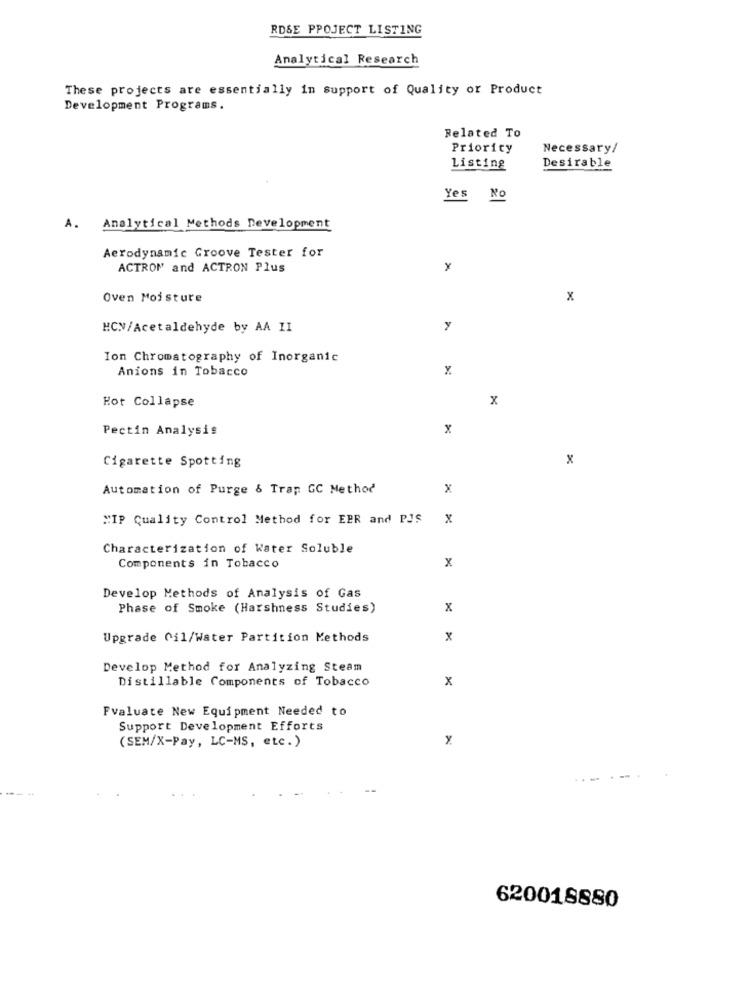
RDSE PPOJECT LISTING
Analytical Research
These projects are essentially in support of Quality or Product
Development Programs.
Related To
Priority
Necessary/
Listing
Desirable
Yes No
A. Analytical Methods Development
Aerodynamic Groove Tester for
ACTRON and ACTRON Plus
Oven Moisture
x
HCN/Acetaldehyde by AA II
y
Ion Chromatography of Inorganic
Anions in Tobacco
x
x
Hot Collapse
Pectin Analysis
x
x
Cigarette Spotting
Automation of Purge & Trap GC Method
x
"IP Quality Control Method for EPR and PIS
x
Characterization of Water Soluble
Components in Tobacco
x
Develop Methods of Analysis of Gas
Phase of Smoke (Harshness Studies)
x
Upgrade Cil/Water Partition Methods
x
Develop Method for Analyzing Steam
Distillable Components of Tobacco
x
Fvaluate New Equipment Needed to
Support Development Efforts
x
(SEM/X-Pay, LC-MS, etc.)
620018880